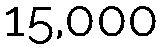
15,000